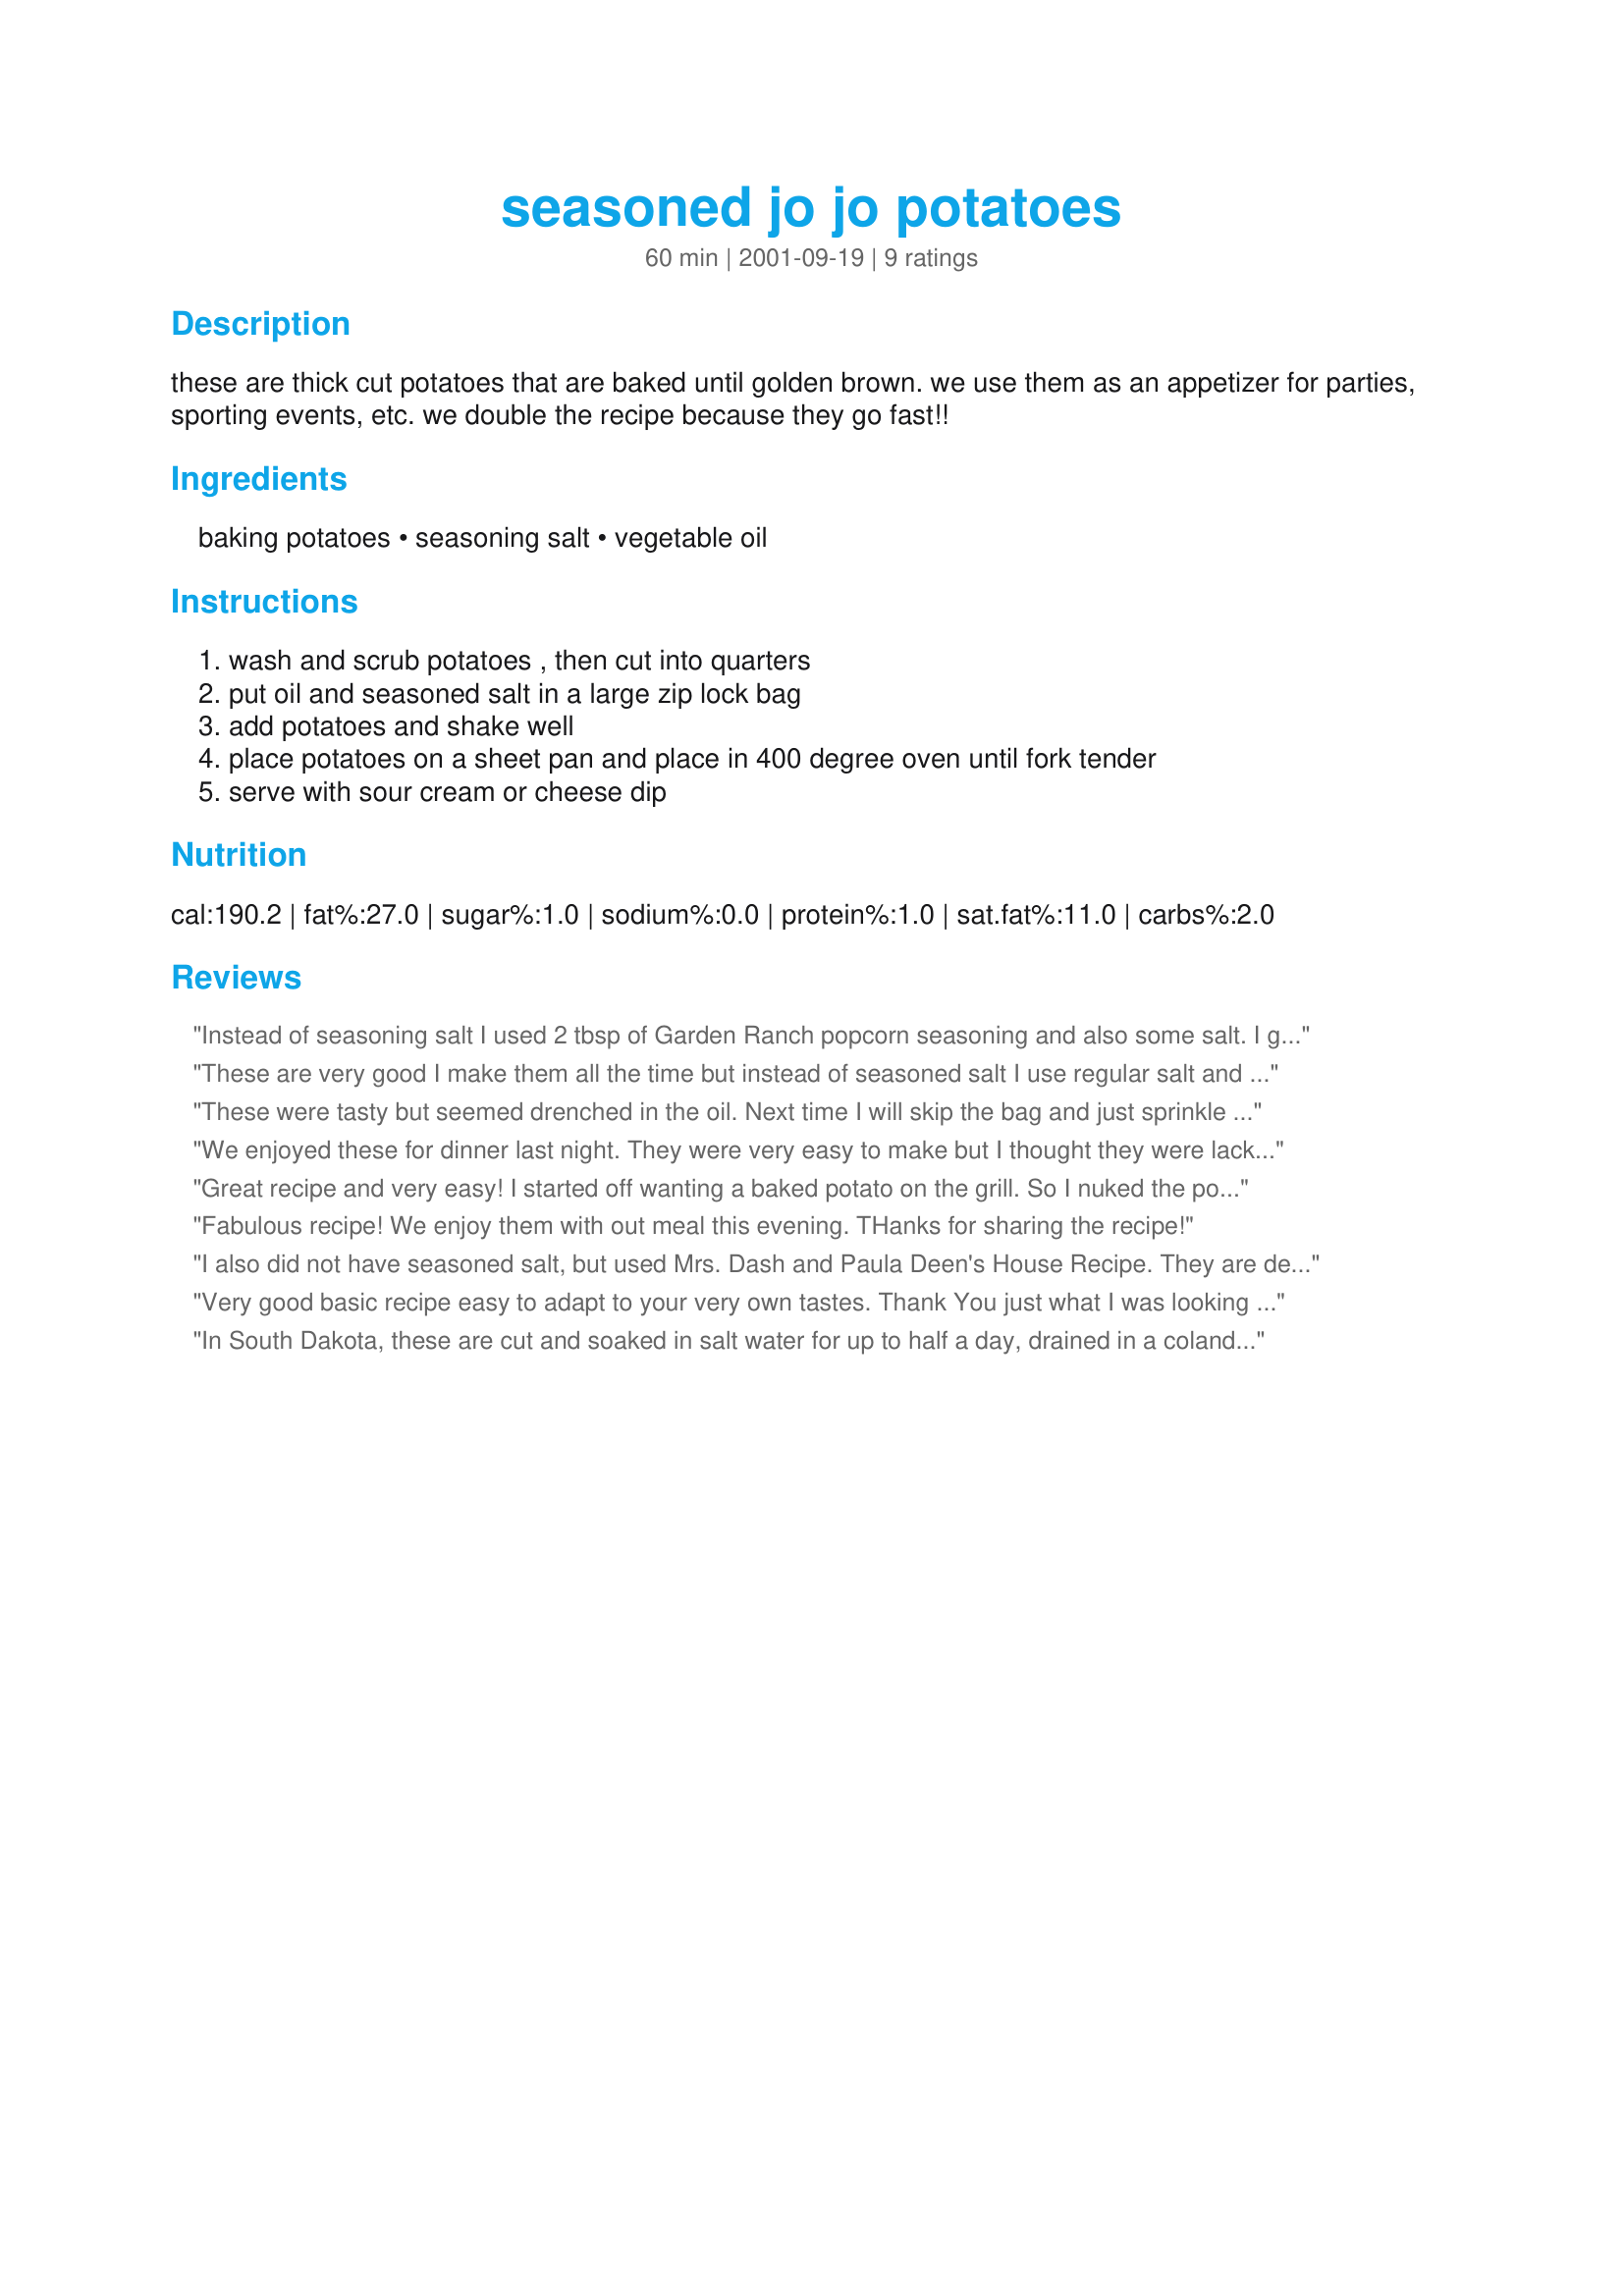
seasoned jo jo potatoes
Preparation time: 60 minutes

these are thick cut potatoes that are baked until golden brown. we use them as an appetizer for parties, sporting events, etc. we double the recipe because they go fast!!

Ingredients:
baking potatoes, seasoning salt, vegetable oil

Steps:
wash and scrub potatoes , then cut into quarters, put oil and seasoned salt in a large zip lock bag, add potatoes and shake well, place potatoes on a sheet pan and place in 400 degree oven until fork tender, serve with sour cream or cheese dip

Reviews:
Instead of seasoning salt I used 2 tbsp of Garden Ranch popcorn seasoning and also some salt. I got nothing but compliments and was asked if there were any left for seconds.
These are very good I make them all the time but instead of seasoned salt I use regular salt and then use Mrs Dash extra spicy or Tony Chachere's more spice (about a tbsp and a bit)
These were tasty but seemed drenched in the oil. Next time I will skip the bag and just sprinkle with seasoning salt and drizzle with oil.
We enjoyed these for dinner last night. They were very easy to make but I thought they were lacking in flavor. I could definitely taste the salt but none of the other seasoning. I think I will try them again with other seasonings and some garlic oil instead of vegetable oil. Thanks for posting!
Great recipe and very easy! I started off wanting a baked potato on the grill. So I nuked the potatoes for 10 min. prior. Then I found this recipe and cut the potatoes into 12 pieces. Then threw in a bowl with oil, season salt and red pepper. Turned out great on the grill cooking on foil.
Fabulous recipe! We enjoy them with out meal this evening.
THanks for sharing the recipe!
I also did not have seasoned salt, but used Mrs. Dash and Paula Deen's House Recipe. They are delicious and easy. I think you could use your favorite seasoning. I also used red potatoes.

Will definitely cook these again.
Very good basic recipe easy to adapt to your very own tastes. Thank You just what I was looking for. My potatoes only took me about 40 min.
In South Dakota, these are cut and soaked in salt water for up to half a day, drained in a colander, then shaken in fried chicken breading and pressure cooked with chicken for ten minutes. Then served with melted butter for dipping. Minus the chicken batter mix, seasoned salt, flour and pepper work just great..
